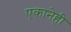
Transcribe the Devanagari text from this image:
एकानेही